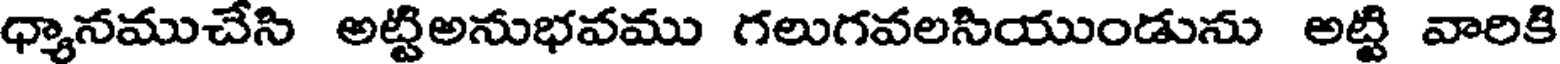
ధ్యానముచేసి అట్టిఅనుభవము గలుగవలసియుండును అట్టి వారికి